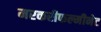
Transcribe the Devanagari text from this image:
मरकरीफल्मीनेट